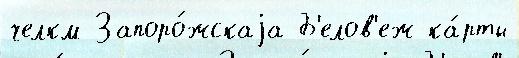
челкм Запоро́жскаjа Б'елов'еж ка́рты